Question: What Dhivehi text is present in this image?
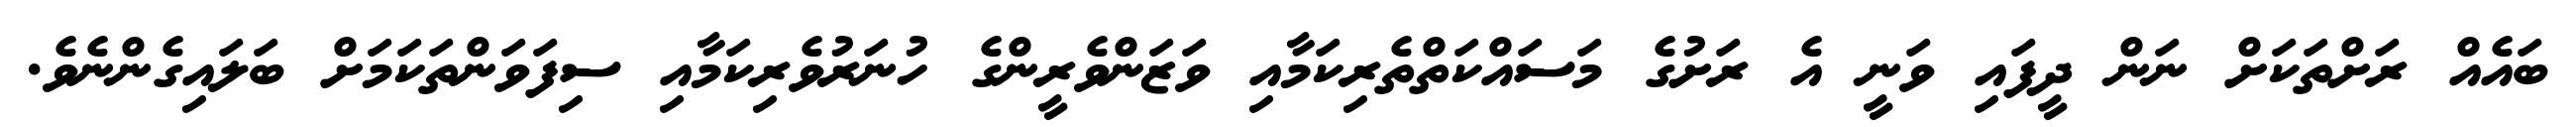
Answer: ބައެއް ރަށްތަކަށް ނަން ދީފައި ވަނީ އެ ރަށުގެ މަސައްކަތްތެރިކަމާއި ވަޒަންވެރީންގެ ހުނަރުވެރިކަމާއި ސިފަވަންތަކަމަށް ބަލައިގެންނެވެ.